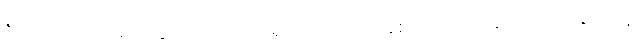
ဒီဟာကတော့ ခဲတံတွင် ကင်ညာတရုတ် ကျောင်းနေစဉ်ကပင် ပျံနိုင်သည့်အဆင့်သို့